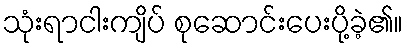
သုံးရာငါးကျိပ် စုဆောင်းပေးပို့ခဲ့၏။